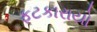
ફટકારાયો